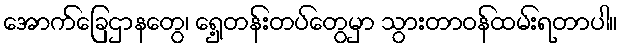
အောက်ခြေဌာနတွေ၊ ရှေ့တန်းတပ်တွေမှာ သွားတာဝန်ထမ်းရတာပါ။